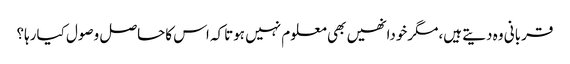
قربانی وہ دیتے ہیں،مگرخودانھیں بھی معلوم نہیں ہوتاکہ اس کاحاصل وصول کیارہا؟